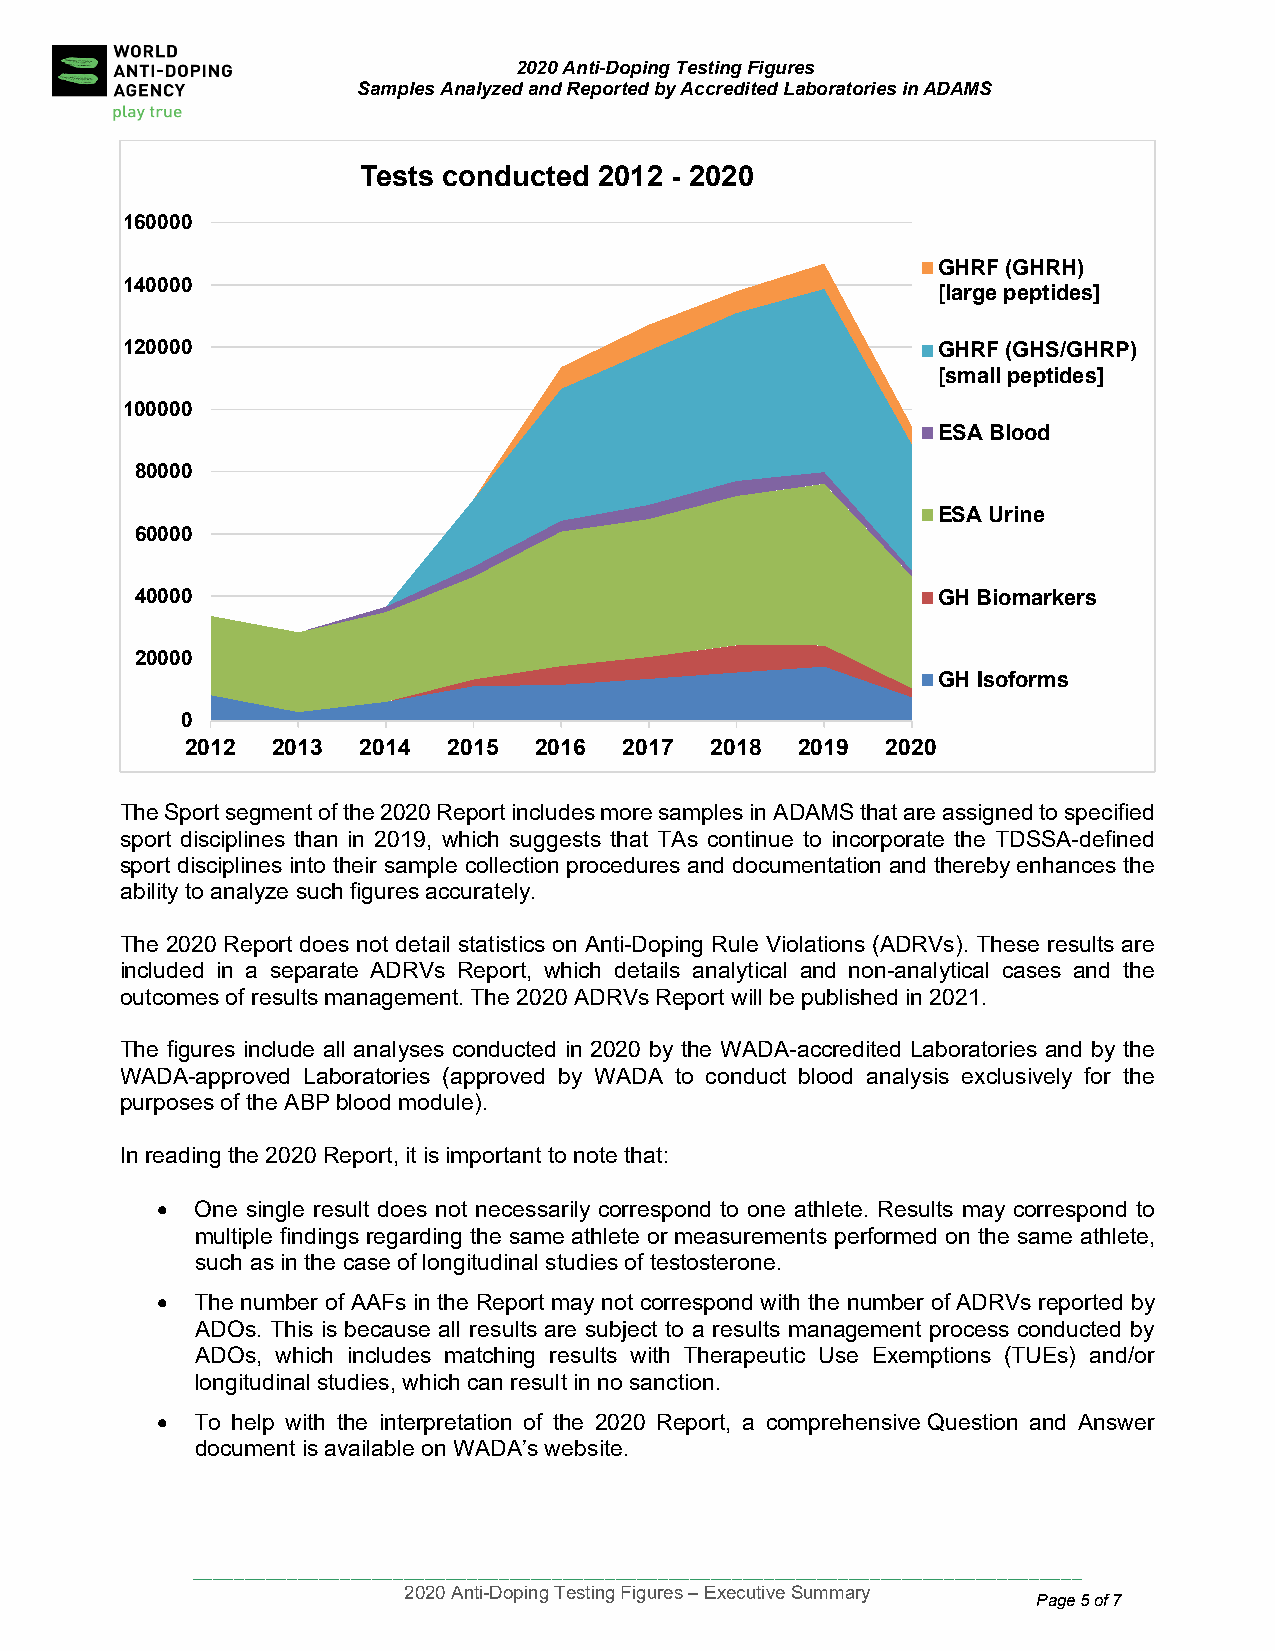
2020 Anti-Doping Testing Figures
 Samples Analyzed and Reported by Accredited Laboratories in ADAMS
 Tests conducted 2012 - 2020
 160000
 GHRF (GHRH)
 140000
 [large peptides]
 120000                                                GHRF (GHS/GHRP)
 [small peptides]
 100000
 ESA Blood
 80000
 ESA Urine
 60000
 40000                                                GH Biomarkers
 20000
 GH Isoforms
 0
 2012  2013  2014  2015 2016  2017  2018  2019  2020
 The Sp ort segment of the 2020 Report includes more samples in ADAMS that are assigned to specified
 sport d isciplines than in 2019, which suggests that TAs continue to incorporate the TDSSA-defined
 sport disciplines into their sample collection procedures and documentation and thereby enhances the
 ability to analyze such figures accurately.
 The 2020 Report does not detail statistics on Anti-Doping Rule Violations (ADRVs). These results are
 included in a separate ADRVs Report, which details analytical and non-analytical cases and the
 outcomes of results management. The 2020 ADRVs Report will be published in 2021.
 The figures include all analyses conducted in 2020 by the WADA-accredited Laboratories and by the
 WADA-approved Laboratories (approved by WADA to conduct blood analysis exclusively for the
 purposes of the ABP blood module).
 In read ing the 2020 Report, it is important to note that:
 •  One single result does not necessarily correspond to one athlete. Results may correspond to
 multiple findings regardin g the same athlete or measurements performed on the same athlete,
 such as in the case of longitudinal studies of testosterone.
 •  The number of AAFs in the Report may not correspond with the number of ADRVs reported by
 ADOs. This is because all results are subject to a results management process conducted by
 ADOs, which includes matching results with Therapeutic Use Exemptions (TUEs) and/or
 longitudinal studies, which can result in no sanction.
 •  To help with the interpretation of the 2020 Report, a comprehensive Question and Answer
 document is available on WADA’s website.
 ____________________________________________________________________________________
 2020 Anti-Doping Testing Figures – Executive Summary
 Page 5 of 7